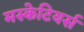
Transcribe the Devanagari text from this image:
मस्केटियर्स